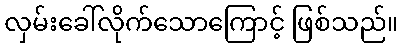
လှမ်းခေါ်လိုက်သောကြောင့် ဖြစ်သည်။